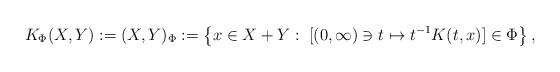
LaTeX: \begin{align*}K_\Phi(X,Y):= (X,Y)_{\Phi}:= \left\{ x \in X+Y: \; [(0,\infty)\ni t \mapsto t^{-1}K(t,x) ]\in \Phi \right\} ,\end{align*}